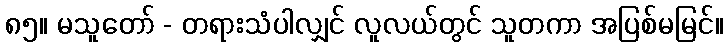
၈၅။ မသူတော် - တရားသံပါလျှင် လူလယ်တွင် သူတကာ အပြစ်မမြင်။